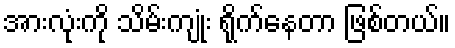
အားလုံးကို သိမ်းကျုံး ရိုက်နေတာ ဖြစ်တယ်။